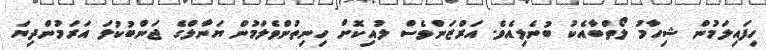
ހިފައިލަމުން ޝިހާމު ލޯތްބާއެކު ބުނެލިއެވެ. އަރްޒަންވެސް ލުއިކޮށް ހިނިތުންވެލަމުން ޔަނާލްގެ ޖަންބުކުލަ އަރަމުންދިޔަ